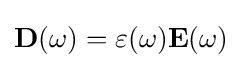
\mathbf {D} (\omega )=\varepsilon (\omega )\mathbf {E} (\omega )